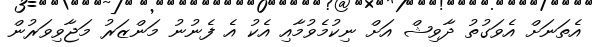
އެތަނަށް އެވަގުތު ދާވިޝް އަށް ނިކުމެވުމާއި އެކު އެ ފެނުނު މަންޒަރު މަޖާވިވަރުން